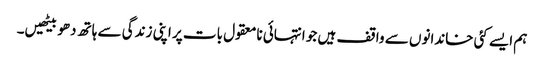
ہم ایسے کئی خاندانوں سے واقف ہیں جو انتہائی نامعقول بات پر اپنی زندگی سے ہاتھ دھو بیٹھیں۔